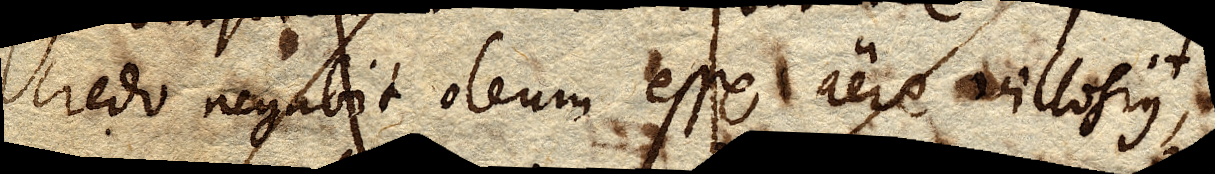
credo negabit oleum esse aere villosius